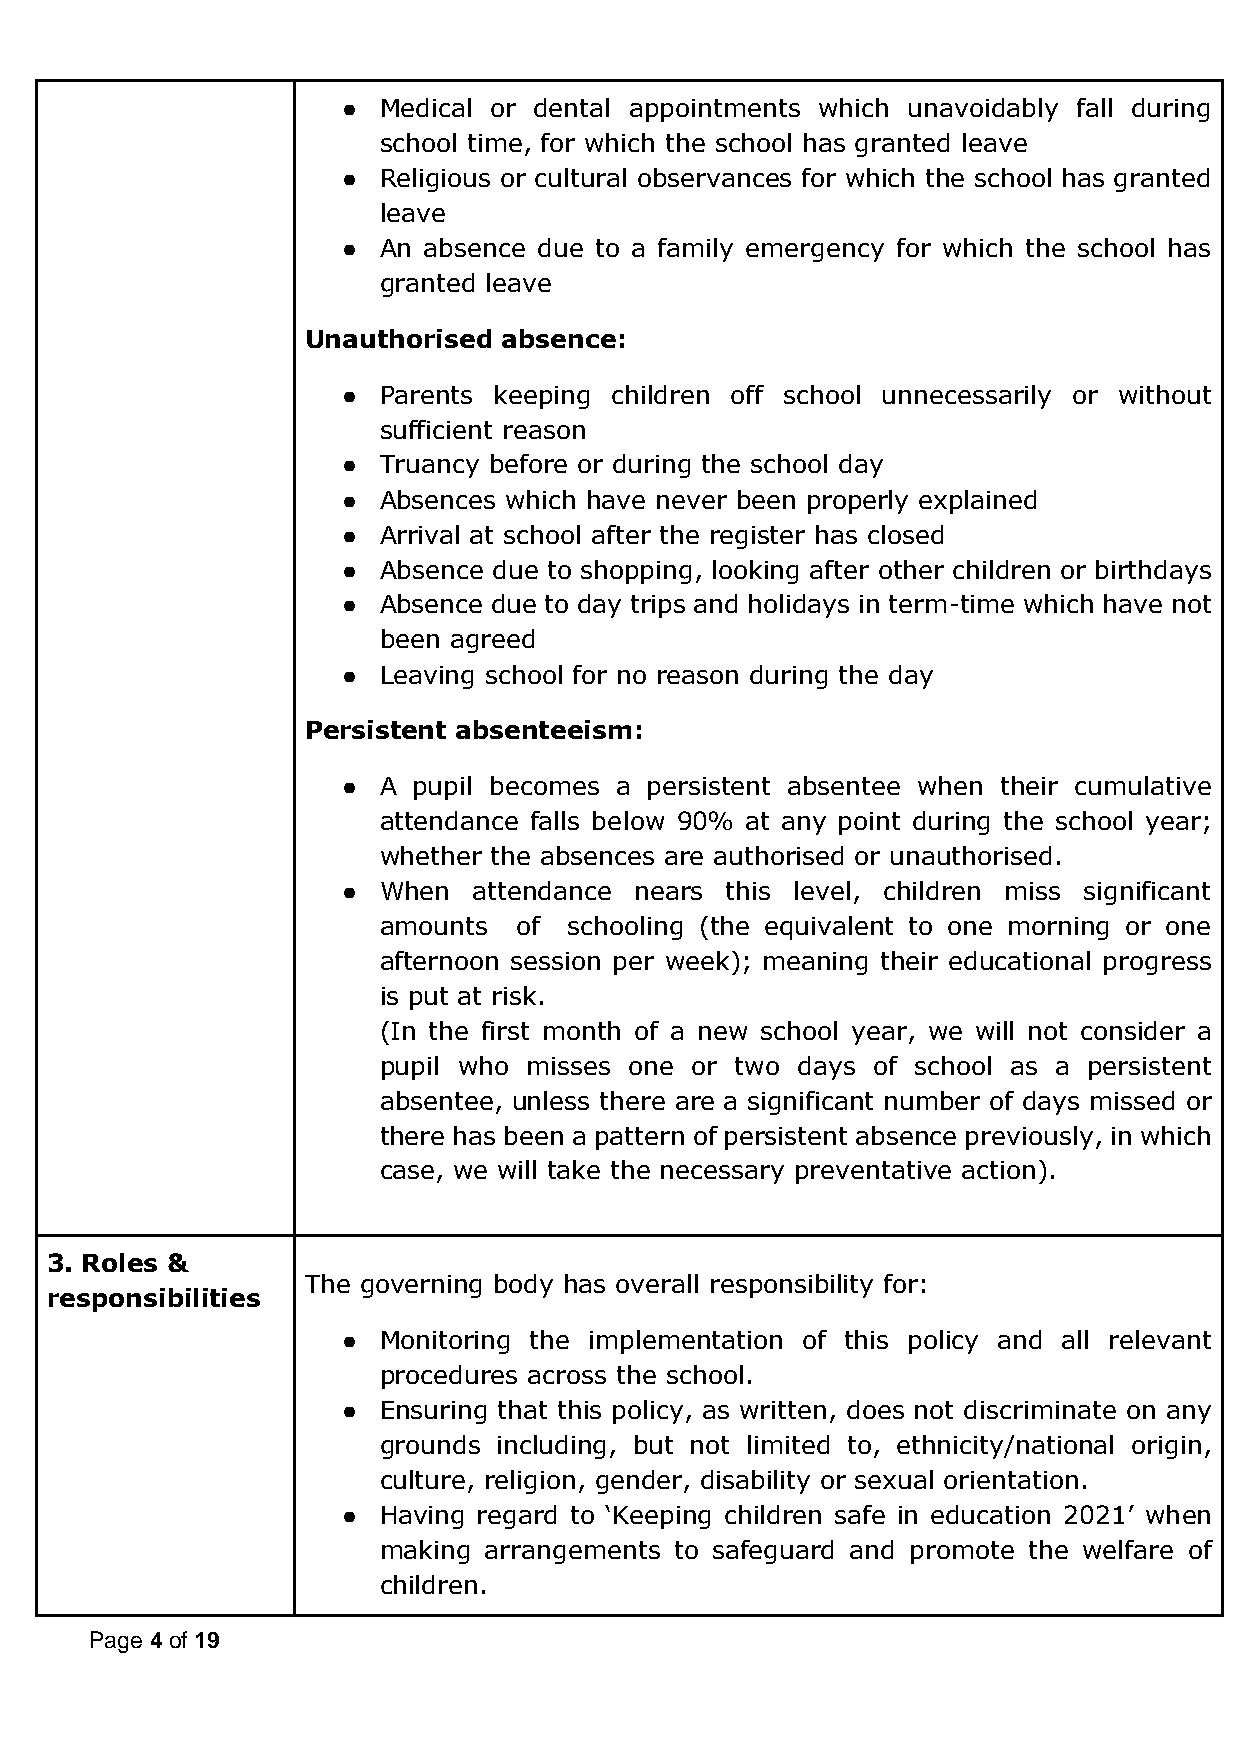
● Medical or dental appointments which unavoidably fall during
 school time, for which the school has granted leave
 ● Religious or cultural observances for which the school has granted
 leave
 ● An absence due to a family emergency for which the school has
 granted leave
 Unauthorised absence:
 ● Parents keeping children off school unnecessarily or without
 sufficient reason
 ● Truancy before or during the school day
 ● Absences which have never been properly explained
 ● Arrival at school after the register has closed
 ● Absence due to shopping, looking after other children or birthdays
 ● Absence due to day trips and holidays in term-time which have not
 been agreed
 ● Leaving school for no reason during the day
 Persistent absenteeism:
 ● A pupil becomes a persistent absentee when their cumulative
 attendance falls below 90% at any point during the school year;
 whether the absences are authorised or unauthorised.
 ● When  attendance nears this level, children miss significant
 amounts  of  schooling (the equivalent to one morning or one
 afternoon session per week); meaning their educational progress
 is put at risk.
 (In the first month of a new school year, we will not consider a
 pupil who misses one or two days of school as a persistent
 absentee, unless there are a significant number of days missed or
 there has been a pattern of persistent absence previously, in which
 case, we will take the necessary preventative action).
 3. Roles &
 The governing body has overall responsibility for:
 responsibilities
 ● Monitoring the implementation of this policy and all relevant
 procedures across the school.
 ● Ensuring that this policy, as written, does not discriminate on any
 grounds including, but not limited to, ethnicity/national origin,
 culture, religion, gender, disability or sexual orientation.
 ● Having regard to ‘Keeping children safe in education 2021’ when
 making arrangements to safeguard and promote the welfare of
 children.
 Page 4 of 19